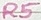
Text: R5